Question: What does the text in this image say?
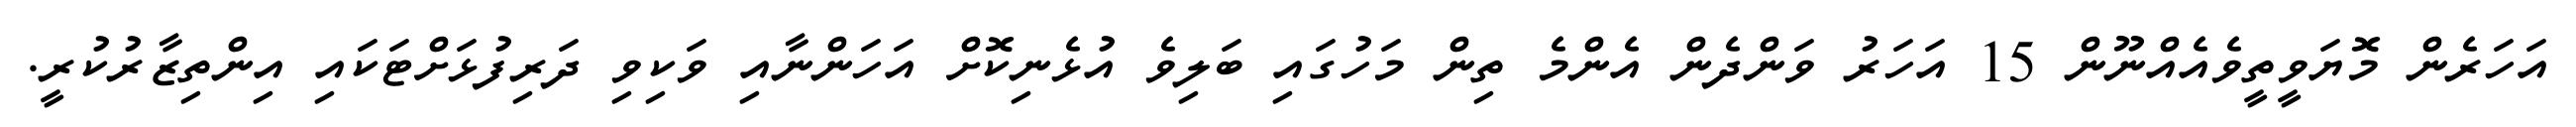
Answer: އަހަރެން މޮޔަވީތީވެއެއްނޫން 15 އަހަރު ވަންދެން އެންމެ ތިން މަހުގައި ބަލިވެ އުޅެނިކޮށް އަހަންނާއި ވަކިވި ދަރިފުޅަށްޓަކައި އިންތިޒާރުކުރީ.